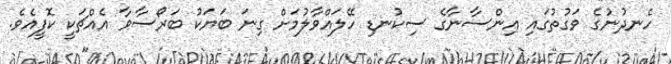
ހެނދުނުގެ ވަގުތުގައި އިންސާނާގެ ސިކުނޑި ހޭލައްވާލުމަށް ގިނަ ބަޔަކު ބަރޯސާވާ އެއްޗަކީ ކޮފީއެވެ.